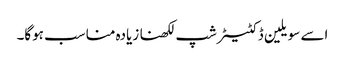
اسے سویلین ڈکٹیٹرشپ لکھنا زیادہ مناسب ہوگا۔